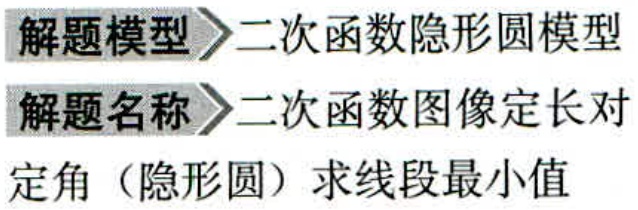
解题模型$\to$二次函数隐形圆模型
解题名称$\to$二次函数图像定长对
定角（隐形圆）求线段最小值